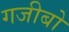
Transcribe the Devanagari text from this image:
गजीबो